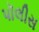
પૉલીસ